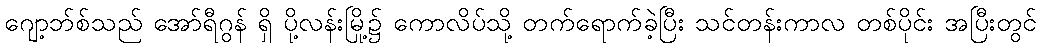
ဂျော့ဘ်စ်သည် အော်ရီဂွန် ရှိ ပို့လန်းမြို့၌ ကောလိပ်သို့ တက်ရောက်ခဲ့ပြီး သင်တန်းကာလ တစ်ပိုင်း အပြီးတွင်